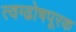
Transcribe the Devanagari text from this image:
त्वग्ढोषपूरक